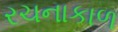
રચનાકાળ